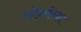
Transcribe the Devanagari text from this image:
फोन्सेन्का